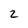
Character: 2